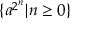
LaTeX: \{ a ^ { 2 ^ { n } } | n \geq 0 \}